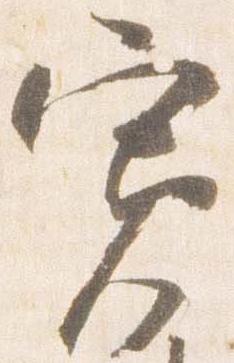
寛